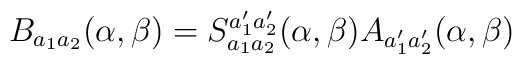
B_{a_1a_2}(\alpha,\beta)=S_{a_1a_2}^{a_1'a_2'}(\alpha,\beta)A_{a_1'a_2'}(\alpha,\beta)